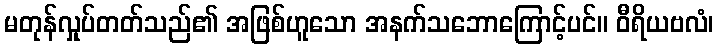
မတုန်လှုပ်တတ်သည်၏ အဖြစ်ဟူသော အနက်သဘောကြောင့်ပင်။ ဝီရိယဗလံ၊